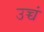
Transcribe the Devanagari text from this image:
उच्चं